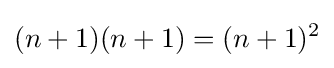
(n+1)(n+1)=(n+1)^{2}